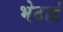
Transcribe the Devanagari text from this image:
भेटाई